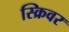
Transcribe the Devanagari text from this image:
स्क्रिवर